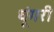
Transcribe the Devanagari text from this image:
धूंगरी